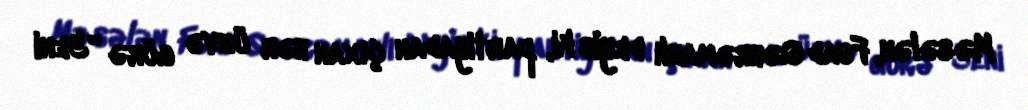
Məsələn, Fuad Qəhrəmanlı deyib ki, partiyadan çıxan hər üzvə görə “Yeni